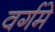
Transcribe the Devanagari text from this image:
वर्गमे